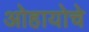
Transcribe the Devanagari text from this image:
ओहायोचे